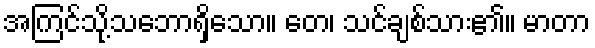
အကြင်သို့သဘောရှိသော။ တေ၊ သင်ချစ်သား၏။ မာတာ